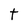
Character: t